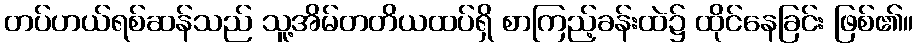
တပ်ဟယ်ရစ်ဆန်သည် သူ့အိမ်တတိယထပ်ရှိ စာကြည့်ခန်းထဲ၌ ထိုင်နေခြင်း ဖြစ်၏။